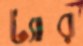
ট্যার